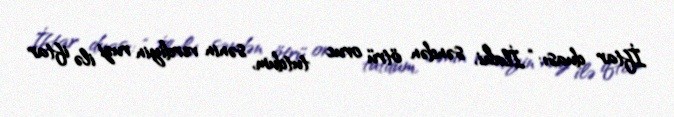
İftar duası: “İlahi, səndən ötrü oruc tutdum, sənin verdiyin ruzi ilə iftar